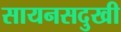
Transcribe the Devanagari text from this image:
सायनसदुखी